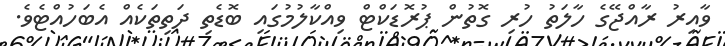
ވާއިރު ރާއްޖޭގެ ހާލަތު ހުރި ގޮތުން ޕުރޮޑަކްޓް ވިއްކާލުމުގައި ބޮޑެތި ދަތިތަކެއް އެބަހުއްޓެވެ.